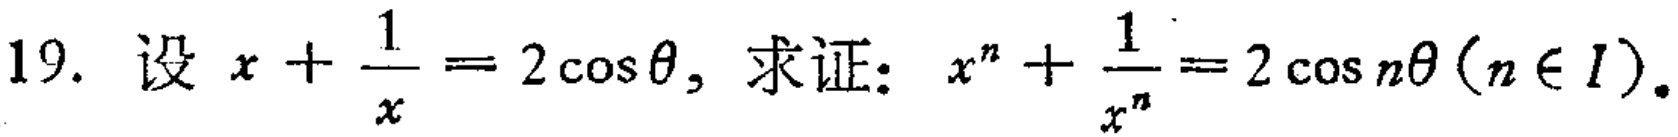
19. 设 \(x + \frac{1}{x} = 2\cos\theta\)，求证：\(x^{n}+\frac{1}{x^{n}} = 2\cos n\theta(n\in I)\)。